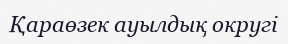
Қараөзек ауылдық округі